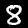
Label: 8